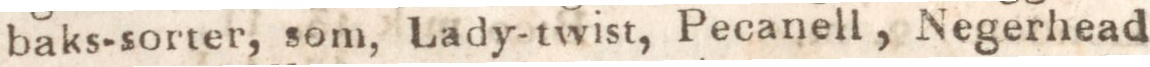
baks-sorter, som, Lady-twist, Pecanell, Negerhead